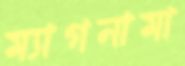
ম্যাগনামা